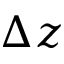
\Delta z